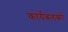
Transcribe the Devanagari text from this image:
कार्यबलको